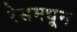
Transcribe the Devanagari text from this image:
रेसमधून